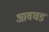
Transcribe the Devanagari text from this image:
आवघड